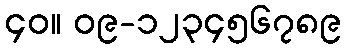
၄၀။ ၀၉-၁၂၃၄၅၆၇၈၉